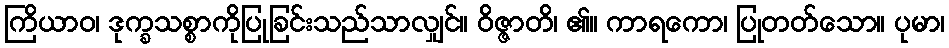
ကြိယာဝ၊ ဒုက္ခသစ္စာကိုပြုခြင်းသည်သာလျှင်။ ဝိဇ္ဇာတိ၊ ၏။ ကာရကော၊ ပြုတတ်သော။ ပုမာ၊